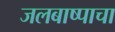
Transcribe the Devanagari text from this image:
जलबाष्पाचा